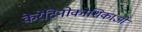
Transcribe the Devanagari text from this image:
केरेटिनोकोशिकाओं